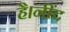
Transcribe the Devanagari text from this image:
है।नींद